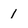
Character: 1